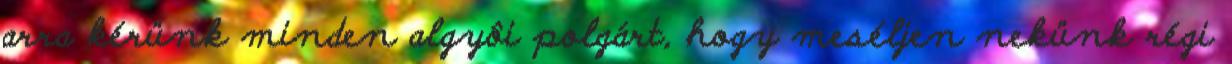
arra kérünk minden algyôi polgárt, hogy meséljen nekünk régi